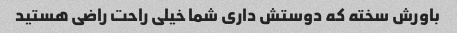
باورش سخته که دوستش داری شما خیلی راحت راضی هستید